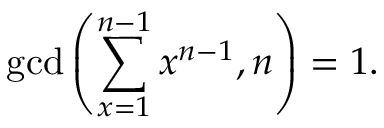
\operatorname* { g c d } \left( \sum _ { x = 1 } ^ { n - 1 } x ^ { n - 1 } , n \right) = 1 .